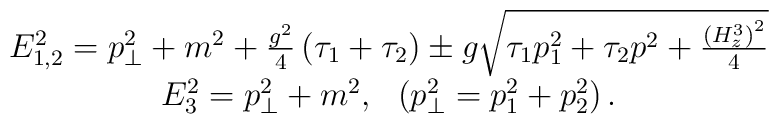
\begin{array}{c}E_{1,2}^2=p_{\bot }^2+m^2+ \frac{g^2}4\left( \tau _1+\tau _2\right) \pm g\sqrt{\tau _1p_1^2+\tau _2p^2+ \frac{\left( H_z^3\right) ^2}4} \\ E_3^2=p_{\bot }^2+m^2,\ \ \left( p_{\bot}^2=p_1^2+p_2^2\right) . \end{array}